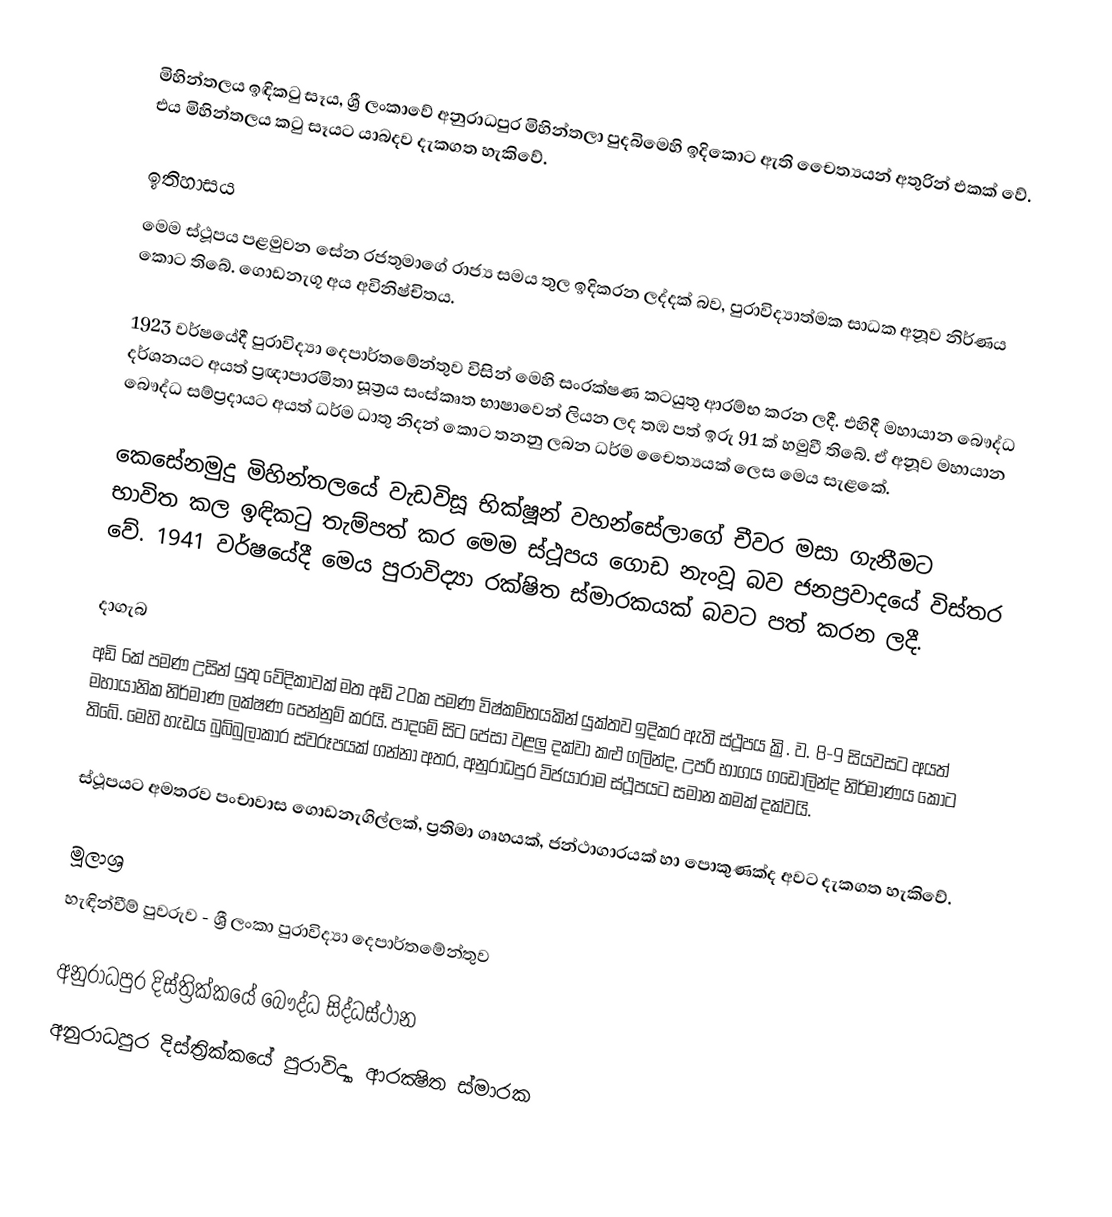
මිහින්තලය ඉඳිකටු සෑය, ශ්‍රී ලංකාවේ අනුරාධපුර මිහින්තලා පුදබිමෙහි ඉදිකොට ඇති චෙෙත්‍යයන් අතුරින් එකක් වේ. එය මිහින්තලය කටු සෑයට යාබදව දැකගත හැකිවේ.

ඉතිහාසය
මෙම ස්ථූපය පළමුවන සේන රජතුමාගේ රාජ්‍ය සමය තුල ඉදිකරන ලද්දක් බව, පුරාවිද්‍යාත්මක සාධක අනූව නිර්ණය කොට තිබේ. ගොඩනැගූ අය අවිනිෂ්චිතය.

1923 වර්ෂයේදී පුරාවිද්‍යා දෙපාර්තමේන්තුව විසින් මෙහි සංරක්ෂණ කටයුතු ආරම්භ කරන ලදී. එහිදී මහායාන බෞද්ධ දර්ශනයට අයත් ප්‍රඥාපාරමිතා සූත්‍රය සංස්කෘත භාෂාවෙන් ලියන ලද තඹ පත් ඉරු 91 ක් හමුවී තිබේ. ඒ අනූව මහායාන බෞද්ධ සම්ප්‍රදායට අයත් ධර්ම ධාතු නිදන් කොට තනනු ලබන ධර්ම චෙෙත්‍යයක් ලෙස මෙය සැළකේ.

කෙසේනමුදු මිහින්තලයේ වැඩවිසූ භික්ෂූන් වහන්සේලාගේ චීවර මසා ගැනීමට භාවිත කල ඉඳිකටු තැම්පත් කර මෙම ස්ථූපය ගොඩ නැංවූ බව ජනප්‍රවාදයේ විස්තර වේ. 1941 වර්ෂයේදී මෙය පුරාවිද්‍යා රක්ෂිත ස්මාරකයක් බවට පත් කරන ලදී.

දාගැබ
අඩි 6ක් පමණ උසින් යුතු වේදිකාවක් මත අඩි 20ක පමණ විෂ්කම්භයකින් යුක්තව ඉදිකර ඇති ස්ථූපය ක්‍රි. ව. 8-9 සියවසට අයත් මහායානික නිර්මාණ ලක්ෂණ පෙන්නුම් කරයි. පාදමේ සිට පේසා වළලු දක්වා කළු ගලින්ද, උපරි භාගය ගඩොලින්ද නිර්මාණය කොට තිබේ. මෙහි හැඩය බුබ්බුලාකාර ස්වරූපයක් ගන්නා අතර, අනුරාධපුර විජයාරාම ස්ථූපයට සමාන කමක් දක්වයි.

ස්ථූපයට අමතරව පංචාවාස ගොඩනැගිල්ලක්, ප්‍රතිමා ගෘහයක්, ජන්ථාගාරයක් හා පොකුණක්ද අවට දැකගත හැකිවේ.

මූලාශ්‍ර
හැඳින්වීම් පුවරුව - ශ්‍රී ලංකා පුරාවිද්‍යා දෙපාර්තමේන්තුව

අනුරාධපුර දිස්ත්‍රික්කයේ බෞද්ධ සිද්ධස්ථාන
අනුරාධපුර දිස්ත්‍රික්කයේ පුරාවිද්‍යා ආරක්‍ෂිත ස්මාරක